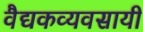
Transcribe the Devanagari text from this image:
वैद्यकव्यवसायी